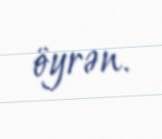
öyrən.